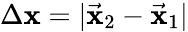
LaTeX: \Delta\mathbf{x}=|\vec{{\mathbf{x}}}_{2}-\vec{{\mathbf{x}}}_{1}|